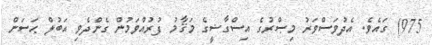
975) ގައެވެ. އެދުވަސްވަރު މިޞްރުގެ އިސްގާޟީގެ މަޤާމު ފުރުއްވަމުން ގެންދެވި އަބުލް ޙަސަން